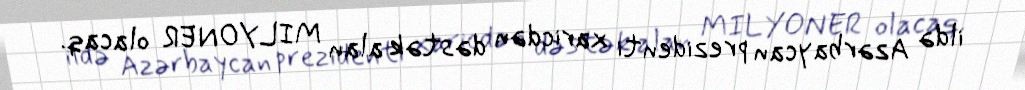
ildə Azərbaycan prezidenti xaricdən dəstək alan MILYONER olacaq.